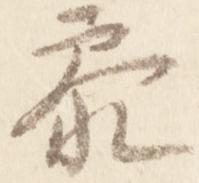
参